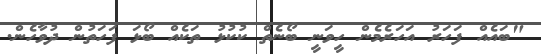
"ބައެއް ފަހަރު އަހަރެމެން ހީވަނީ ބޯނެތް ކުކުޅު ތަކެއް ބޯޅަ ފަހަތުން ދުވާހެން.